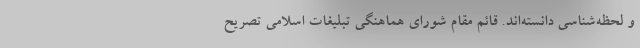
و لحظه‌شناسی دانسته‌اند. قائم مقام شورای هماهنگی تبلیغات اسلامی تصریح